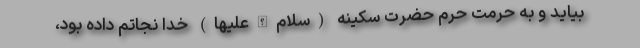
بیاید و به حرمت حرم حضرت سکینه (سلام‌الله‌علیها) خدا نجاتم داده بود،